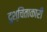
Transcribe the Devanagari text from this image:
दुश्चिंताकारी